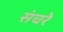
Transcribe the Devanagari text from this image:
संचरे